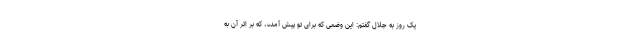
یک روز به جلال گفتم: این وضعی که برای تو پیش آمده، که بر اثر آن به